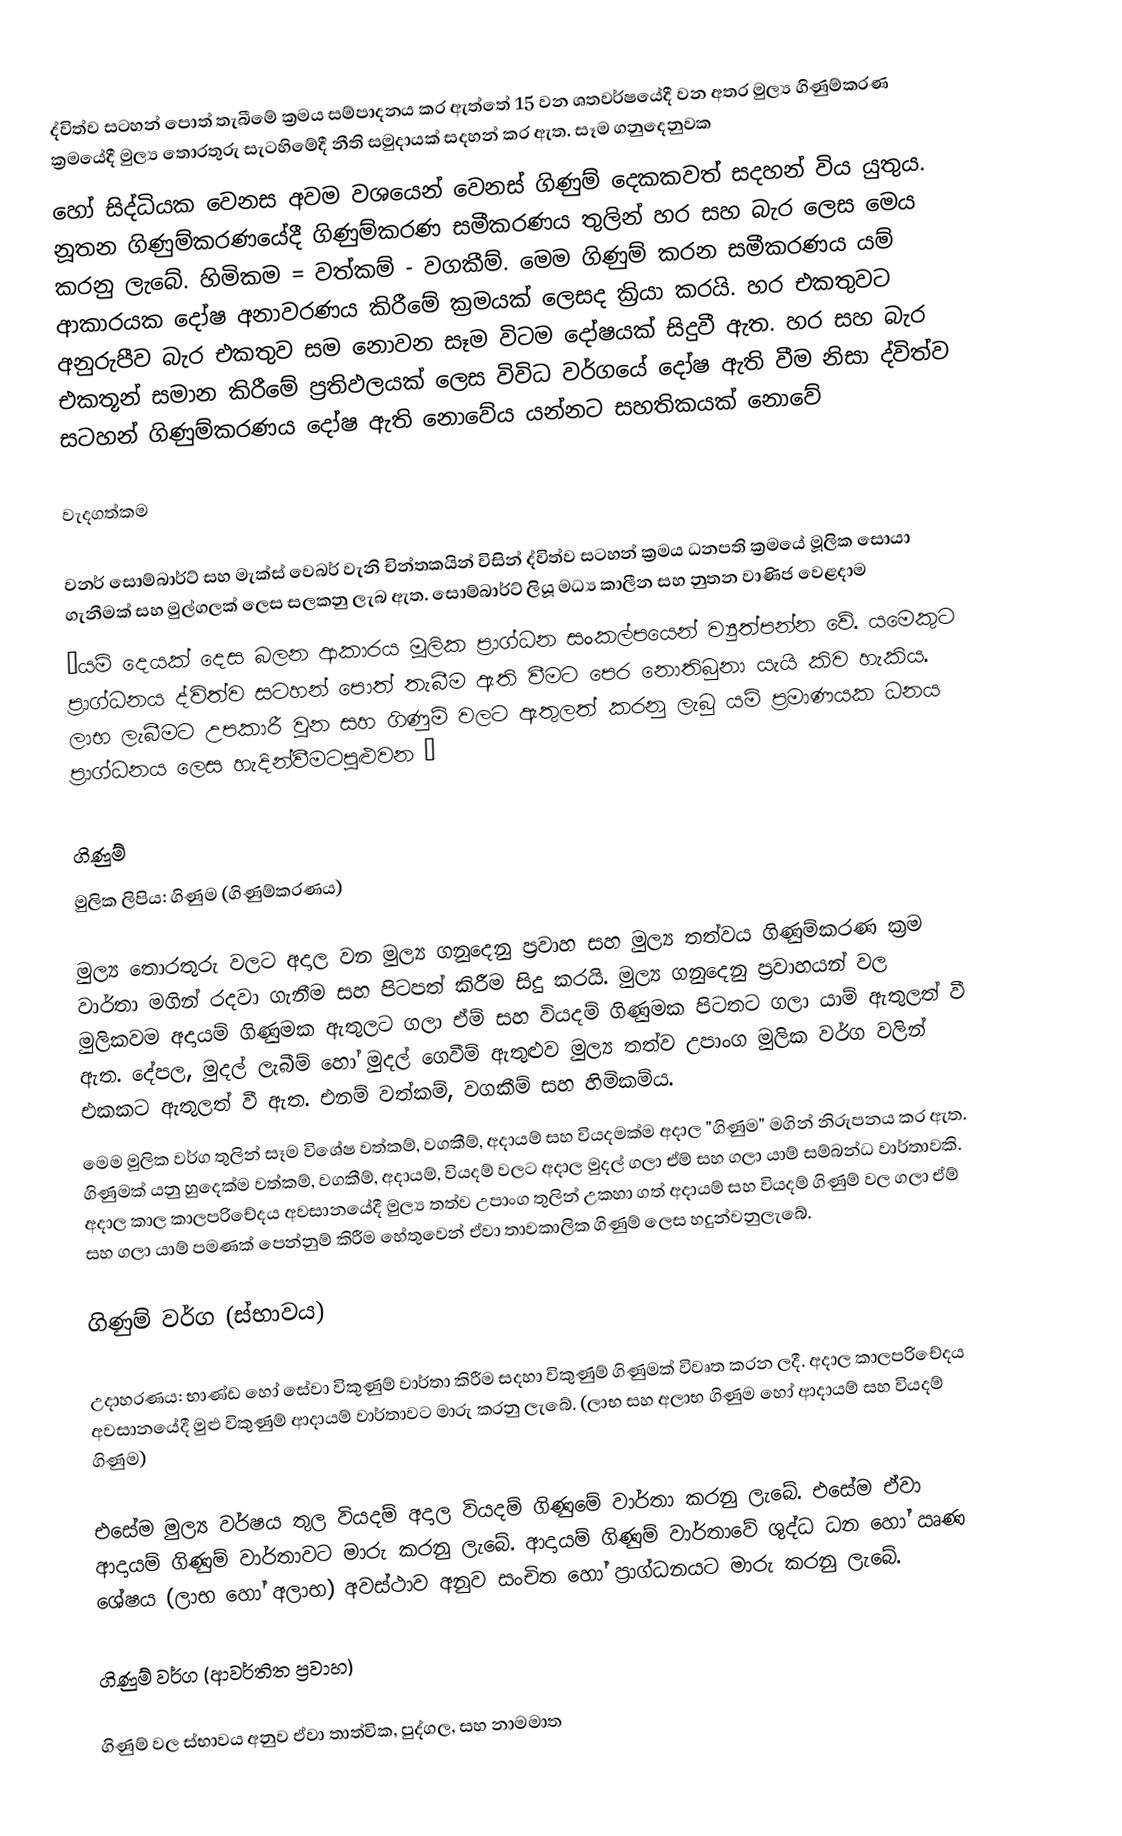
ද්විත්ව සටහන් පොත් තැබීමේ ක්‍රමය සම්පාදනය කර ඇත්තේ 15 වන ශතවර්ෂයේදී වන අතර මුල්‍ය ගිණුම්කරණ ක්‍රමයේදී මුල්‍ය තොරතුරු සැටහිමේදී නීති සමුදායක් සදහන් කර ඇත. සෑම ගනුදෙනුවක
හෝ සිද්ධියක වෙනස අවම වශයෙන් වෙනස් ගිණුම් දෙකකවත් සදහන් විය යුතුය. නූතන ගිණුම්කරණයේදී ගිණුම්කරණ සමීකරණය තුලින් හර සහ බැර ලෙස මෙය කරනු ලැබේ. හිමිකම = වත්කම් - වගකීම්. මෙම ගිණුම් කරන සමීකරණය යම් ආකාරයක දෝෂ අනාවරණය කිරීමේ ක්‍රමයක් ලෙසද ක්‍රියා කරයි. හර එකතුවට අනුරුපීව බැර එකතුව සම නොවන සෑම විටම දෝෂයක් සිදුවී ඇත. හර සහ බැර එකතූන් සමාන කිරීමේ ප්‍රතිඵලයක් ලෙස විවිධ වර්ගයේ දෝෂ ඇති වීම නිසා ද්විත්ව සටහන් ගිණුම්කරණය දෝෂ ඇති නොවේය යන්නට සහතිකයක් නොවේ

වැදගත්කම

වනර් සොම්බාර්ට් සහ මැක්ස් වෙබර් වැනි චින්තකයින් විසින් ද්විත්ව සටහන් ක්‍රමය ධනපති ක්‍රමයේ මූලික සොයා ගැනීමක් සහ මුල්ගලක් ලෙස සලකනු ලැබ ඇත. සොම්බාර්ට් ලියූ මධ්‍ය කාලීන සහ නුතන වාණිජ වෙළදාම
“යම් දෙයක් දෙස බලන ආකාරය මූලික ප්‍රාග්ධන සංකල්පයෙන් ව්‍යුත්පන්න වේ. යමෙකුට ප්‍රාග්ධනය ද්විත්ව සටහන් පොත් තැබීම ඇති වීමට පෙර නොතිබුනා යැයි කිව හැකිය. ලාභ ලැබීමට උපකාරී වුන සහ ගිණුම් වලට ඇතුලත් කරනු ලැබු යම් ප්‍රමාණයක ධනය ප්‍රාග්ධනය ලෙස හැදින්වීමටපුළුවන “

ගිණුම්
මුලික ලිපිය: ගිණුම (ගිණුම්කරණය)

මුල්‍ය තොරතුරු වලට අදාල වන මුල්‍ය ගනුදෙනු ප්‍රවාහ සහ මුල්‍ය තත්වය ගිණුම්කරණ ක්‍රම වාර්තා මගින් රදවා ගැනීම සහ පිටපත් කිරීම සිදු කරයි. මුල්‍ය ගනුදෙනු ප්‍රවාහයන් වල මුලිකවම අදායම් ගිණුමක ඇතුලට ගලා ඒම් සහ වියදම් ගිණුමක පිටතට ගලා යාම් ඇතුලත් වී ඇත. දේපල, මුදල් ලැබීම් හෝ මුදල් ගෙවීම් ඇතුළුව මුල්‍ය තත්ව උපාංග මුලික වර්ග වලින් එකකට ඇතුලත් වී ඇත. එනම් වත්කම්, වගකීම් සහ හිමිකම්ය.
මෙම මුලික වර්ග තුලින් සෑම විශේෂ වත්කම්, වගකීම්, අදායම් සහ වියදමක්ම අදාල "ගිණුම" මගින් නිරුපනය කර ඇත. ගිණුමක් යනු හුදෙක්ම වත්කම්, වගකීම්, අදායම්, වියදම් වලට අදාල මුදල් ගලා ඒම් සහ ගලා යාම් සම්බන්ධ වාර්තාවකි. අදාල කාල කාලපරිචේදය අවසානයේදී මුල්‍ය තත්ව උපාංග තුලින් උකහා ගත් අදායම් සහ වියදම් ගිණුම් වල ගලා ඒම් සහ ගලා යාම් පමණක් පෙන්නුම් කිරීම හේතුවෙන් ඒවා තාවකාලික ගිණුම් ලෙස හදුන්වනුලැබේ.

ගිණුම් වර්ග (ස්භාවය)

උදාහරණය: භාණ්ඩ හෝ සේවා විකුණුම් වාර්තා කිරීම සදහා විකුණුම් ගිණුමක් විවෘත කරන ලදී. අදාල කාලපරිචේදය අවසානයේදී මුළු විකුණුම් ආදායම් වාර්තාවට මාරු කරනු ලැබේ. (ලාභ සහ අලාභ ගිණුම හෝ ආදායම් සහ වියදම් ගිණුම)

එසේම මුල්‍ය වර්ෂය තුල වියදම් අදාල වියදම් ගිණුමේ වාර්තා කරනු ලැබේ. එසේම ඒවා ආදායම් ගිණුම් වාර්තාවට මාරු කරනු ලැබේ. ආදායම් ගිණුම් වාර්තාවේ ශුද්ධ ධන හෝ ඍණ ශේෂය (ලාභ හෝ අලාභ) අවස්ථාව අනුව සංචිත හෝ ප්‍රාග්ධනයට මාරු කරනු ලැබේ.

ගිණුම් වර්ග (ආවර්තිත ප්‍රවාහ)

ගිණුම් වල ස්භාවය අනුව ඒවා තාත්වික, පුද්ගල, සහ නාමමාත